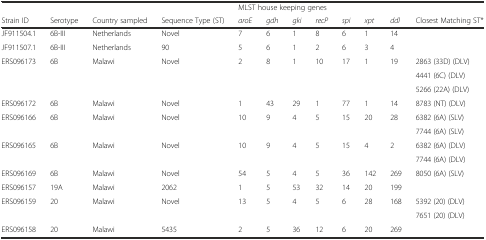
<table><thead><tr><td></td><td></td><td></td><td></td><td colspan="7"><b>MLST house keeping genes</b></td><td></td></tr><tr><td><b>Strain ID</b></td><td><b>Serotype</b></td><td><b>Country sampled</b></td><td><b>Sequence Type (ST)</b></td><td><b><i>aroE</i></b></td><td><b><i>gdh</i></b></td><td><b><i>gki</i></b></td><td><b><i>recP</i></b></td><td><b><i>spi</i></b></td><td><b><i>xpt</i></b></td><td><b><i>ddl</i></b></td><td><b>Closest Matching ST*</b></td></tr></thead><tbody><tr><td>JF911504.1</td><td>6B-III</td><td>Netherlands</td><td>Novel</td><td>7</td><td>6</td><td>1</td><td>8</td><td>6</td><td>1</td><td>14</td><td></td></tr><tr><td>JF911507.1</td><td>6B-III</td><td>Netherlands</td><td>90</td><td>5</td><td>6</td><td>1</td><td>2</td><td>6</td><td>3</td><td>4</td><td></td></tr><tr><td rowspan="3">ERS096173</td><td rowspan="3">6B</td><td rowspan="3">Malawi</td><td rowspan="3">Novel</td><td rowspan="3">2</td><td rowspan="3">8</td><td rowspan="3">1</td><td rowspan="3">10</td><td rowspan="3">17</td><td rowspan="3">1</td><td rowspan="3">19</td><td>2863 (33D) (DLV)</td></tr><tr><td>4441 (6C) (DLV)</td></tr><tr><td>5266 (22A) (DLV)</td></tr><tr><td>ERS096172</td><td>6B</td><td>Malawi</td><td>Novel</td><td>1</td><td>43</td><td>29</td><td>1</td><td>77</td><td>1</td><td>14</td><td>8783 (NT) (DLV)</td></tr><tr><td rowspan="2">ERS096166</td><td rowspan="2">6B</td><td rowspan="2">Malawi</td><td rowspan="2">Novel</td><td rowspan="2">10</td><td rowspan="2">9</td><td rowspan="2">4</td><td rowspan="2">5</td><td rowspan="2">15</td><td rowspan="2">20</td><td rowspan="2">28</td><td>6382 (6A) (SLV)</td></tr><tr><td>7744 (6A) (SLV)</td></tr><tr><td rowspan="2">ERS096165</td><td rowspan="2">6B</td><td rowspan="2">Malawi</td><td rowspan="2">Novel</td><td rowspan="2">10</td><td rowspan="2">9</td><td rowspan="2">4</td><td rowspan="2">5</td><td rowspan="2">15</td><td rowspan="2">4</td><td rowspan="2">2</td><td>6382 (6A) (DLV)</td></tr><tr><td>7744 (6A) (DLV)</td></tr><tr><td>ERS096169</td><td>6B</td><td>Malawi</td><td>Novel</td><td>54</td><td>5</td><td>4</td><td>5</td><td>36</td><td>142</td><td>269</td><td>8050 (6A) (SLV)</td></tr><tr><td>ERS096157</td><td>19A</td><td>Malawi</td><td>2062</td><td>1</td><td>5</td><td>53</td><td>32</td><td>14</td><td>20</td><td>199</td><td></td></tr><tr><td rowspan="2">ERS096159</td><td rowspan="2">20</td><td rowspan="2">Malawi</td><td rowspan="2">Novel</td><td rowspan="2">13</td><td rowspan="2">5</td><td rowspan="2">4</td><td rowspan="2">5</td><td rowspan="2">6</td><td rowspan="2">28</td><td rowspan="2">168</td><td>5392 (20) (DLV)</td></tr><tr><td>7651 (20) (DLV)</td></tr><tr><td>ERS096158</td><td>20</td><td>Malawi</td><td>5435</td><td>2</td><td>5</td><td>36</td><td>12</td><td>6</td><td>20</td><td>269</td><td></td></tr></tbody></table>